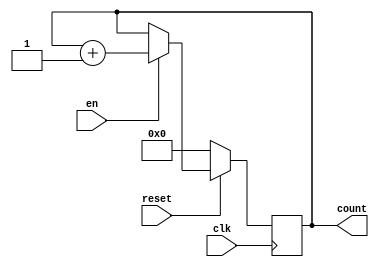
`timescale 1ns / 1ps
//////////////////////////////////////////////////////////////////////////////////
// Company: 
// Engineer: 
// 
// Design Name: 
// Module Name: Numarator
// Project Name: 
// Target Devices: 
// Tool Versions: 
// Description: 
// 
// Dependencies: 
// 
// Revision:
// Revision 0.01 - File Created
// Additional Comments:
// 
//////////////////////////////////////////////////////////////////////////////////


module Numarator
#(parameter WIDTH=8)(
    input reset,
    input en,
    input clk,
    output reg [WIDTH-1:0] count
    );
    
    always@(posedge clk) begin
        if(reset == 0)   
            count <= 0;
        else if(en == 0)
            count <= count;
        else
            count <= count + 1;        
    end
endmodule